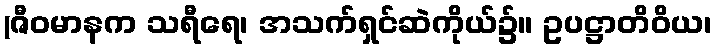
(ဇီဝမာနက သရီရေ၊ အသက်ရှင်ဆဲကိုယ်၌။ ဥပဋ္ဌာတိဝိယ၊